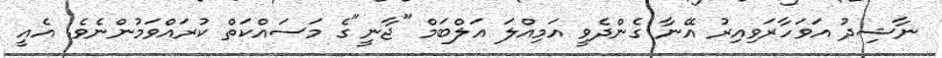
ނާޝިދު އަވަހާރަވިއިރު އޭނާ ގެންދެވީ އަމިއްލަ އަލްބަމް "ޖާނީ"ގެ މަސައްކަތް ކުރައްވަމުންނެވެ. އެއީ